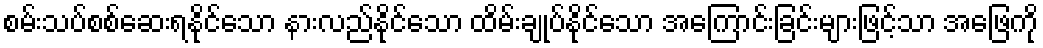
စမ်းသပ်စစ်ဆေးရနိုင်သော နားလည်နိုင်သော ထိမ်းချုပ်နိုင်သော အကြောင်းခြင်းများဖြင့်သာ အဖြေကို